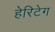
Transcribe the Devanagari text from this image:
हेरिटेग